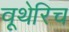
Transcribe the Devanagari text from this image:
वूथेरिच